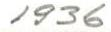
1936